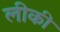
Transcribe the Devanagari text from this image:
लीकी